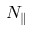
N _ { \parallel }